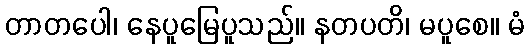
တာတပေါ၊ နေပူမြေပူသည်။ နတပတိ၊ မပူစေ။ မံ